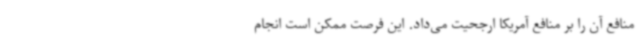
منافع آن را بر منافع آمریکا ارجحیت می‌داد. این فرصت ممکن است انجام